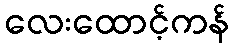
လေးထောင့်ကန်